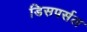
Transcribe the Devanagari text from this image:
डिसपर्सल